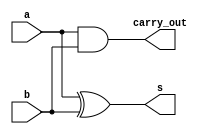
// This program was cloned from: https://github.com/iCAS-Lab/APTPU
// License: MIT License

// MIT License
// 
// Copyright (c) 2021-2024 iCAS Lab
// 
// Permission is hereby granted, free of charge, to any person obtaining a copy
// of this software and associated documentation files (the "Software"), to deal
// in the Software without restriction, including without limitation the rights
// to use, copy, modify, merge, publish, distribute, sublicense, and/or sell
// copies of the Software, and to permit persons to whom the Software is
// furnished to do so, subject to the following conditions:
// 
// The above copyright notice and this permission notice shall be included in all
// copies or substantial portions of the Software.
// 
// THE SOFTWARE IS PROVIDED "AS IS", WITHOUT WARRANTY OF ANY KIND, EXPRESS OR
// IMPLIED, INCLUDING BUT NOT LIMITED TO THE WARRANTIES OF MERCHANTABILITY,
// FITNESS FOR A PARTICULAR PURPOSE AND NONINFRINGEMENT. IN NO EVENT SHALL THE
// AUTHORS OR COPYRIGHT HOLDERS BE LIABLE FOR ANY CLAIM, DAMAGES OR OTHER
// LIABILITY, WHETHER IN AN ACTION OF CONTRACT, TORT OR OTHERWISE, ARISING FROM,
// OUT OF OR IN CONNECTION WITH THE SOFTWARE OR THE USE OR OTHER DEALINGS IN THE
// SOFTWARE.

// Company: iCAS Lab, University of South Carolina
// Design Name: 
// Module Name: Half_adder
// Project Name: 
// Target Devices: 
// Tool Versions: 
// Description: 
// 
// Dependencies: 
// 
// Revision:
// Revision 0.01 - File Created
// Additional Comments:
// 
//////////////////////////////////////////////////////////////////////////////////


`timescale 1ns / 1ps

module Half_adder 
(
input	wire	a,b,
output	wire	s,carry_out
);

assign	s 	 = a ^ b ;
assign	carry_out = a & b ;

endmodule